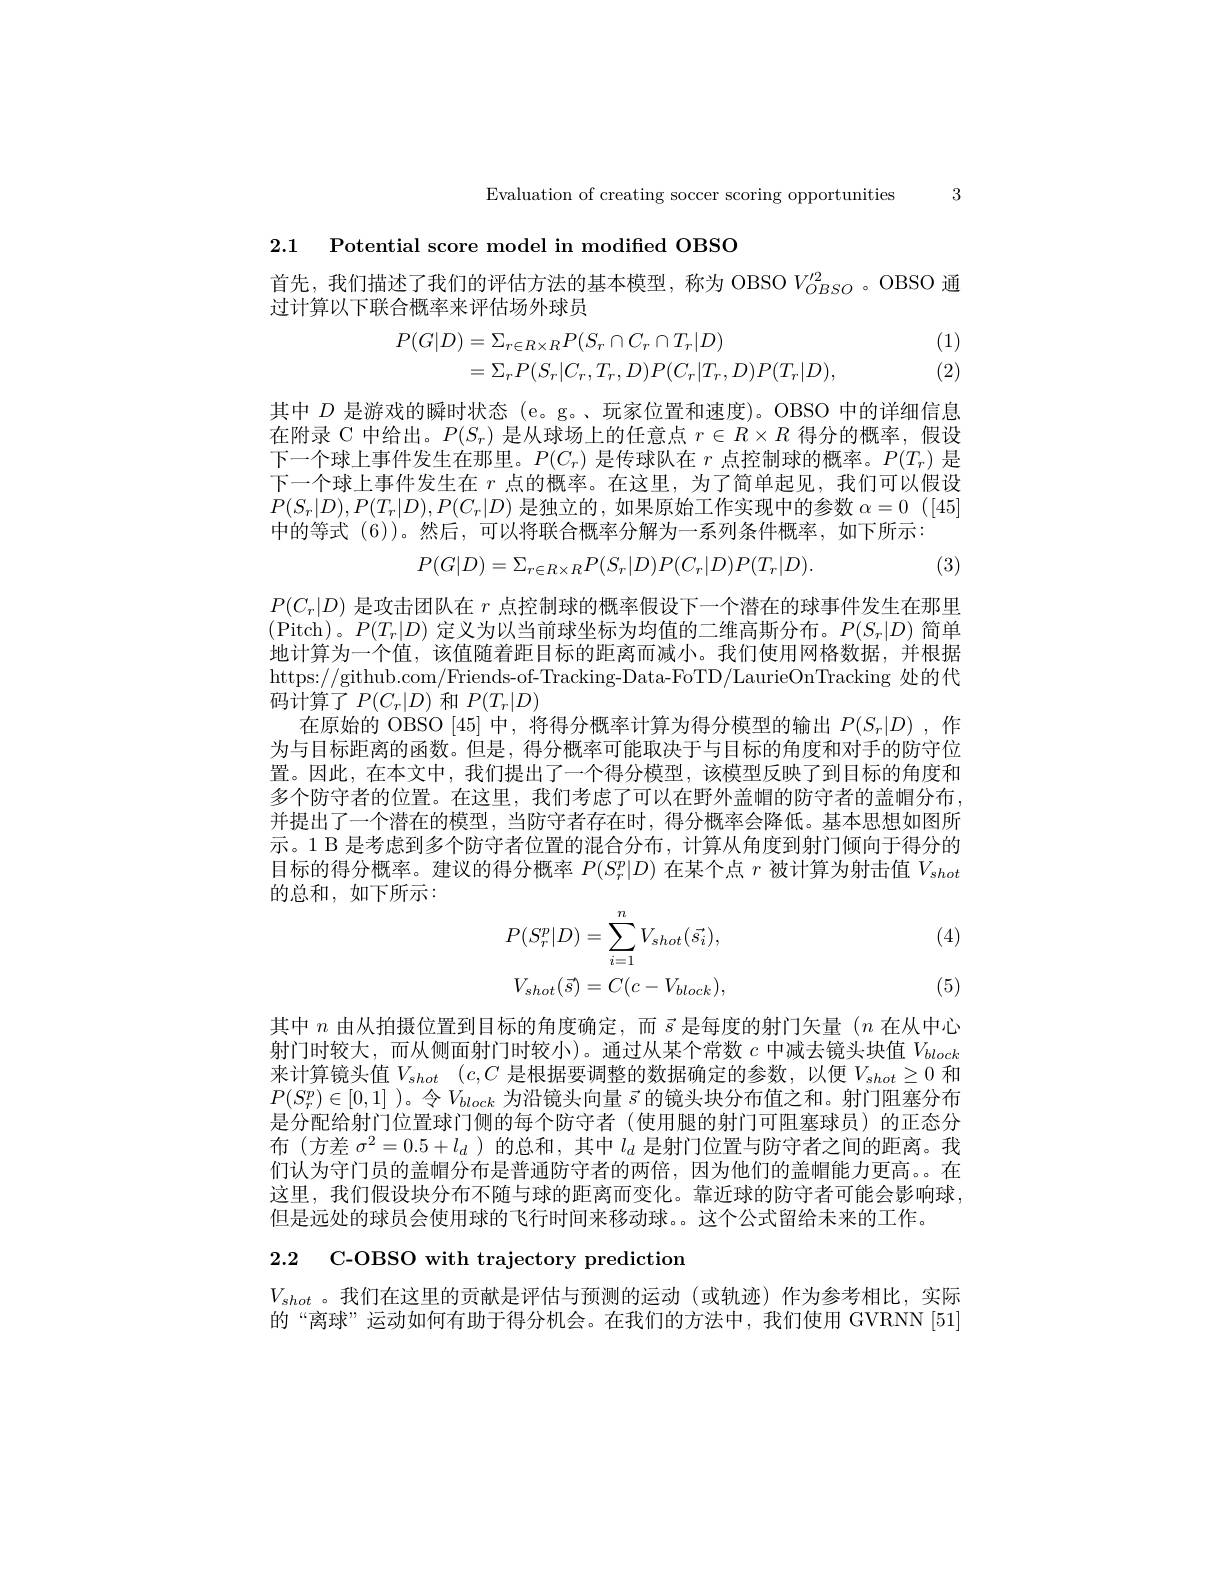
Evaluation of creating soccer scoring opportunities 3

2.1 Potential score model in modified oBSO

首先，我们描述了我们的评估方法的基本模型，称为 OBSO $V_{OBSO}^{\prime2}$。OBSO 通
过计算以下联合概率来评估场外球员
$$\begin{aligned}P(G|D)&=\Sigma_{r\in R\times R}P(S_r\cap C_r\cap T_r|D)\\&=\Sigma_rP(S_r|C_r,T_r,D)P(C_r|T_r,D)P(T_r|D),\end{aligned}$$
(1) (2)

其中$D$是游戏的瞬时状态 (e。g。、玩家位置和速度)。OBSO 中的详细信息在附录 C 中给出。$P(S_r)$是从球场上的任意点$r\in R\times R$得分的概率，假设下一个球上事件发生在那里。$P(C_r)$是传球队在$r$点控制球的概率。$P(T_r)$是下一个球上事件发生在$r$点的概率。在这里，为了简单起见，我们可以假设$P(S_r|D),P(T_r|D),P(C_r|D)$是独立的，如果原始工作实现中的参数$\alpha=0$ ([45] 中的等式 (6))。然后，可以将联合概率分解为一系列条件概率，如下所示：
$$P(G|D)=\Sigma_{r\in R\times R}P(S_{r}|D)P(C_{r}|D)P(T_{r}|D).$$
(3)

$P(C_{r}|D)$是攻击团队在$r$点控制球的概率假设下一个潜在的球事件发生在那里(Pitch)。$P(T_r|D)$定义为以当前球坐标为均值的二维高斯分布。$P(S_r|D)$简单地计算为一个值，该值随着距目标的距离而减小。我们使用网格数据，并根据https://github.com/Friends-of-Tracking-Data-FoTD/LaurieOnTracking 处的代码计算了$P(C_r|D)$和$P(T_r|D)$
在原始的 OBSO [45] 中，将得分概率计算为得分模型的输出$P(S_r|D)$ ,作为与目标距离的函数。但是，得分概率可能取决于与目标的角度和对手的防守位置。因此，在本文中，我们提出了一个得分模型，该模型反映了到目标的角度和多个防守者的位置。在这里，我们考虑了可以在野外盖帽的防守者的盖帽分布， 并提出了一个潜在的模型，当防守者存在时，得分概率会降低。基本思想如图所示。1 B 是考虑到多个防守者位置的混合分布，计算从角度到射门倾向于得分的目标的得分概率。建议的得分概率$P(S_r^p|D)$在某个点$r$被计算为射击值$V_shot$

的总和，如下所示：
$$P(S_{r}^{p}|D)=\sum_{i=1}^{n}V_{shot}(\vec{s_{i}}),\\V_{shot}(\vec{s})=C(c-V_{block}),$$
(4)

(5)

其中$n$由从拍摄位置到目标的角度确定，而$\vec{s}$是每度的射门矢量$(n$在从中心射门时较大，而从侧面射门时较小)。通过从某个常数$c$中减去镜头块值$V_block$ 来计算镜头值$V_{shot}$ $( c, C$ 是根据要调整的数据确定的参数，以便$V_{shot}\geq0$ 和$P(S_{r}^{p})\in[0,1]$ )。令$V_{block}$为沿镜头向量$\bar{s}$的镜头块分布值之和。射门阻塞分布是分配给射门位置球门侧的每个防守者 (使用腿的射门可阻塞球员) 的正态分布(方差$\sigma^2=0.5+l_d$ )的总和，其中$l_d$是射门位置与防守者之间的距离。我们认为守门员的盖帽分布是普通防守者的两倍，因为他们的盖帽能力更高。在这里，我们假设块分布不随与球的距离而变化。靠近球的防守者可能会影响球， 但是远处的球员会使用球的飞行时间来移动球。。这个公式留给未来的工作。

2.2 C-OBSO with trajectory prediction

$V_{shot}$ 。我们在这里的贡献是评估与预测的运动 (或轨迹)作为参考相比，实际的“离球”运动如何有助于得分机会。在我们的方法中，我们使用 GVRNN [51]